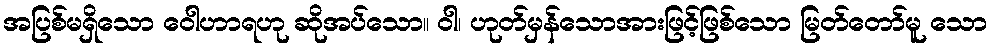
အပြစ်မရှိသော ဝေါဟာရဟု ဆိုအပ်သော။ ဝါ၊ ဟုတ်မှန်သောအားဖြင့်ဖြစ်သော မြတ်တော်မူ သော